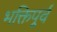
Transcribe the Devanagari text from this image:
भक्तिपूर्व